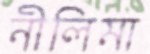
নীলিমা